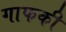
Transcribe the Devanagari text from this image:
गाफकी